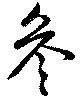
参